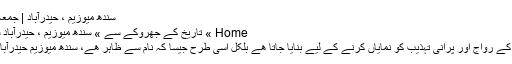
سندھ میوزیم ، حیدرآباد | جمعہ , 21 جولائی 2017
Home » تاریخ کے جھروکے سے » سندھ میوزیم ، حیدرآباد سندھ میوزیم ، حیدرآباد
میوزیم کسی بھی جگہ کے رواج اور پرانی تہذیب کو نمایاں کرنے کے لیے بنایا جاتا ھے بلکل اسی طرح جیسا کہ نام سے ظاہر ھے، سندھ میوزیم حیدرآباد میں واقع میوزیم ھے۔